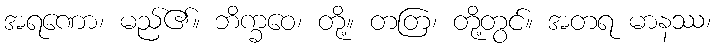
အရဏော၊ မည်၏။ ဘိက္ခဝေ၊ တို့။ တတြ၊ တို့တွင်။ အတရ မာနဿ၊